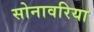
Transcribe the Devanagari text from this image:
सोनावरिया